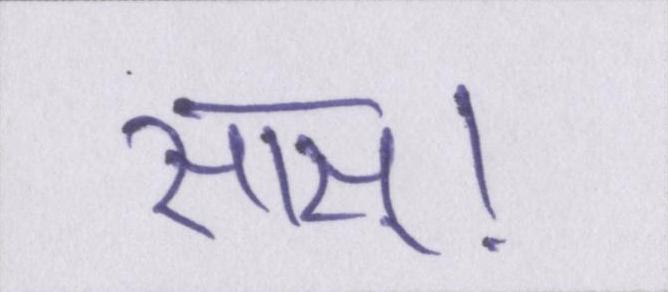
सास्।